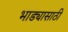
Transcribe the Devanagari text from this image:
भाड्यासाठी